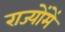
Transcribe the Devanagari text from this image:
राज्योंमें